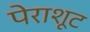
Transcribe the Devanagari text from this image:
पेराशूट